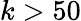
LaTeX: k>50